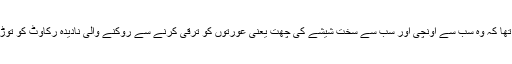
اس وقت انہوں نے کہا تھا کہ وہ سب سے اونچی اور سب سے سخت شیشے کی چھت یعنی عورتوں کو ترقی کرنے سے روکنے والی نادیدہ رکاوٹ کو توڑنے میں ناکام رہی ہیں۔